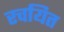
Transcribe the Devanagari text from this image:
रचयित